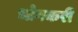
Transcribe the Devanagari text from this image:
भोगकरी